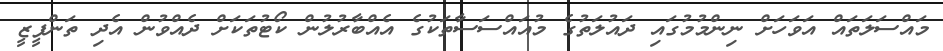
މައްސަލަތައް އަވަހަށް ނިންމުމުގައި ދައުލަތުގެ މުއައްސަސާތަކުގެ އެއްބާރުލުން ކޯޓުތަކަށް ދެއްވުން އެދި ތަންފީޒީ